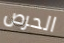
الحرص